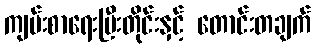
ကျမ်းစာရေးပြီးတိုင်းနှင့် တောင်းတချက်